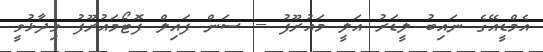
އެމްޑީއޭގެ ނައިބު ލީޑަރު އަލީ މައުރޫފު -- ސަން ފައިލް ފޮޓޯމައުރޫފު ވިދާޅުވީ